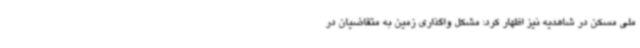
ملی مسکن در شاهدیه نیز اظهار کرد: مشکل واگذاری زمین به متقاضیان در